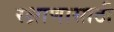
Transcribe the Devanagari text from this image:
रक्षाणासाठी